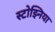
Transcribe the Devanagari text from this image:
स्टोझ्निया